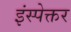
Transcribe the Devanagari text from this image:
इंस्पेक्तर